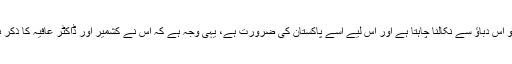
ٹرمپ امریکہ کو اس دباؤ سے نکالنا چاہتا ہے اور اس لیے اسے پاکستان کی ضرورت ہے، یہی وجہ ہے کہ اس نے کشمیر اور ڈاکٹر عافیہ کا ذکر بھی کھل کر کیا۔